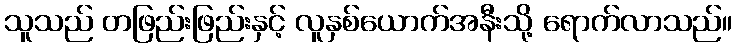
သူသည် တဖြည်းဖြည်းနှင့် လူနှစ်ယောက်အနီးသို့ ရောက်လာသည်။